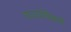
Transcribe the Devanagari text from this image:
राज्यधिकरों